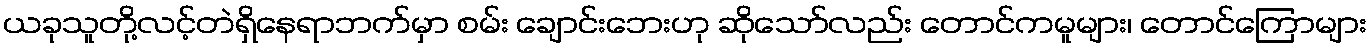
ယခုသူတို့လင့်တဲရှိနေရာဘက်မှာ စမ်း ချောင်းဘေးဟု ဆိုသော်လည်း တောင်ကမူများ၊ တောင်ကြောများ